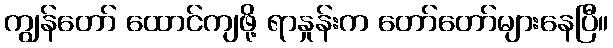
ကျွန်တော် ထောင်ကျဖို့ ရာနှုန်းက တော်တော်များနေပြီ။